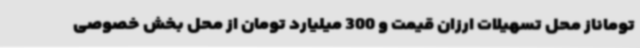
توماناز محل تسهیلات ارزان قیمت و 300 میلیارد تومان از محل بخش خصوصی